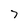
Character: 7